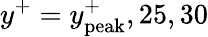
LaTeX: y^{+}=y_{\mathrm{peak}}^{+},25,30